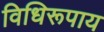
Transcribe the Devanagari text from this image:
विधिरूपाय